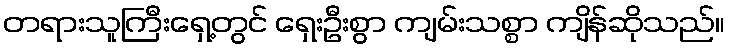
တရားသူကြီးရှေ့တွင် ရှေးဦးစွာ ကျမ်းသစ္စာ ကျိန်ဆိုသည်။